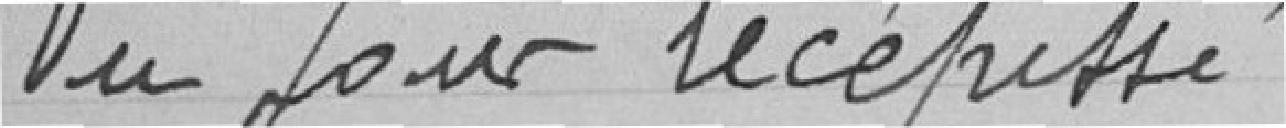
Vu pour récépissé